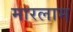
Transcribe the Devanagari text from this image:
मारलाम